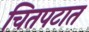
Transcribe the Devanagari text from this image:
चितपटात